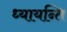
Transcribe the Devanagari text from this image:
ध्यायन्ति